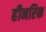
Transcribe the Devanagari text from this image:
हीनरिक